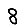
Digit: 8